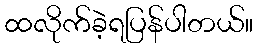
ထလိုက်ခဲ့ရပြန်ပါတယ်။